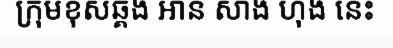
ក្រុមខុសឆ្គង អាន សាង ហុង នេះ